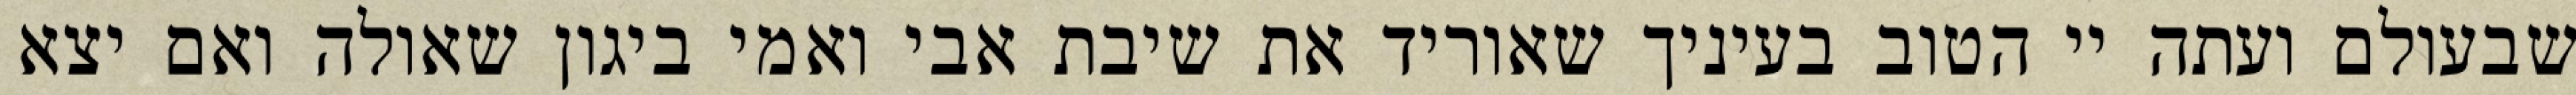
שבעולם ועתה יי הטוב בעיניך שאוריד את שיבת אבי ואמי ביגון שאולה ואם יצא